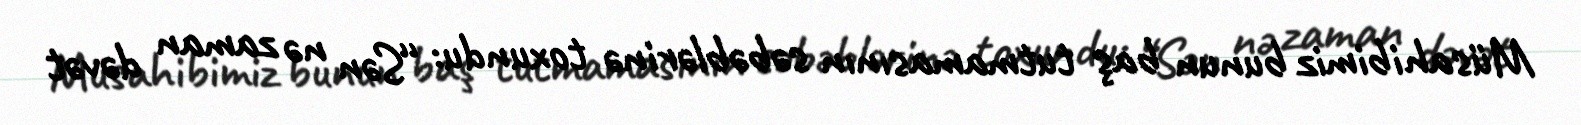
Müsahibimiz bunun baş tutmamasının səbəblərinə toxundu: “Sən nə zaman dəvət